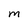
Character: M